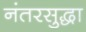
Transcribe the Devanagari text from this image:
नंतरसुद्धा